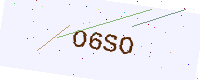
Text: O6SO